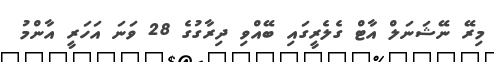
މިރޭ ނޭޝަނަލް އާޓް ގެލެރީގައި ބޭއްވި ދިރާގުގެ 28 ވަނަ އަހަރީ އާންމު